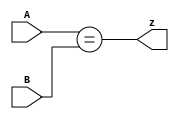
module top_module ( input [1:0] A, input [1:0] B, output z ); 
    assign z = (A == B);
endmodule
//It is wrong if used the logical opearator && cause &&2010